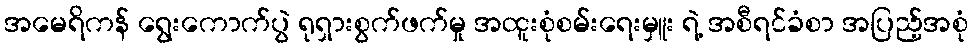
အမေရိကန် ရွေးကောက်ပွဲ ရုရှားစွက်ဖက်မှု အထူးစုံစမ်းရေးမှူး ရဲ့ အစီရင်ခံစာ အပြည့်အစုံ